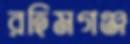
রহিমগঞ্জ